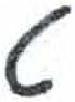
אות: ט